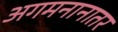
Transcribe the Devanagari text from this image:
अगमनानातर